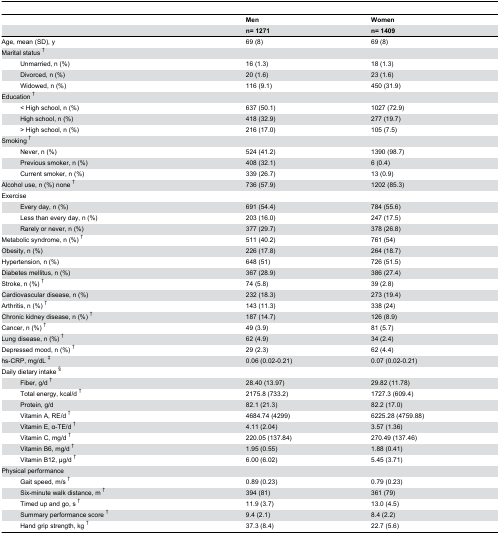
<table><thead><tr><td colspan="2"></td><td><b>Men</b></td><td><b>Women</b></td></tr><tr><td colspan="2"></td><td><b>n= 1271</b></td><td><b>n= 1409</b></td></tr></thead><tbody><tr><td colspan="2">Age, mean (SD), y</td><td>69 (8)</td><td>69 (8)</td></tr><tr><td colspan="2">Marital status <sup>†</sup></td><td></td><td></td></tr><tr><td></td><td>Unmarried, n (%)</td><td>16 (1.3)</td><td>18 (1.3)</td></tr><tr><td></td><td>Divorced, n (%)</td><td>20 (1.6)</td><td>23 (1.6)</td></tr><tr><td></td><td>Widowed, n (%)</td><td>116 (9.1)</td><td>450 (31.9)</td></tr><tr><td colspan="2">Education <sup>†</sup></td><td></td><td></td></tr><tr><td></td><td>&lt; High school, n (%)</td><td>637 (50.1)</td><td>1027 (72.9)</td></tr><tr><td></td><td>High school, n (%)</td><td>418 (32.9)</td><td>277 (19.7)</td></tr><tr><td></td><td>&gt; High school, n (%)</td><td>216 (17.0)</td><td>105 (7.5)</td></tr><tr><td colspan="2">Smoking <sup>†</sup></td><td></td><td></td></tr><tr><td></td><td>Never, n (%)</td><td>524 (41.2)</td><td>1390 (98.7)</td></tr><tr><td></td><td>Previous smoker, n (%)</td><td>408 (32.1)</td><td>6 (0.4)</td></tr><tr><td></td><td>Current smoker, n (%)</td><td>339 (26.7)</td><td>13 (0.9)</td></tr><tr><td colspan="2">Alcohol use, n (%) none <sup>†</sup></td><td>736 (57.9)</td><td>1202 (85.3)</td></tr><tr><td colspan="2">Exercise</td><td></td><td></td></tr><tr><td></td><td>Every day, n (%)</td><td>691 (54.4)</td><td>784 (55.6)</td></tr><tr><td></td><td>Less than every day, n (%)</td><td>203 (16.0)</td><td>247 (17.5)</td></tr><tr><td></td><td>Rarely or never, n (%)</td><td>377 (29.7)</td><td>378 (26.8)</td></tr><tr><td colspan="2">Metabolic syndrome, n (%) <sup>†</sup></td><td>511 (40.2)</td><td>761 (54)</td></tr><tr><td colspan="2">Obesity, n (%)</td><td>226 (17.8)</td><td>264 (18.7)</td></tr><tr><td colspan="2">Hypertension, n (%)</td><td>648 (51)</td><td>726 (51.5)</td></tr><tr><td colspan="2">Diabetes mellitus, n (%)</td><td>367 (28.9)</td><td>386 (27.4)</td></tr><tr><td colspan="2">Stroke, n (%) <sup>†</sup></td><td>74 (5.8)</td><td>39 (2.8)</td></tr><tr><td colspan="2">Cardiovascular disease, n (%)</td><td>232 (18.3)</td><td>273 (19.4)</td></tr><tr><td colspan="2">Arthritis, n (%) <sup>†</sup></td><td>143 (11.3)</td><td>338 (24)</td></tr><tr><td colspan="2">Chronic kidney disease, n (%) <sup>†</sup></td><td>187 (14.7)</td><td>126 (8.9)</td></tr><tr><td colspan="2">Cancer, n (%) <sup>†</sup></td><td>49 (3.9)</td><td>81 (5.7)</td></tr><tr><td colspan="2">Lung disease, n (%) <sup>†</sup></td><td>62 (4.9)</td><td>34 (2.4)</td></tr><tr><td colspan="2">Depressed mood, n (%) <sup>†</sup></td><td>29 (2.3)</td><td>62 (4.4)</td></tr><tr><td colspan="2">hs-CRP, mg/dL <sup>‡</sup></td><td>0.06 (0.02-0.21)</td><td>0.07 (0.02-0.21)</td></tr><tr><td colspan="2">Daily dietary intake <sup>§</sup></td><td></td><td></td></tr><tr><td></td><td>Fiber, g/d <sup>†</sup></td><td>28.40 (13.97)</td><td>29.82 (11.78)</td></tr><tr><td></td><td>Total energy, kcal/d <sup>†</sup></td><td>2175.8 (733.2)</td><td>1727.3 (609.4)</td></tr><tr><td></td><td>Protein, g/d </td><td>82.1 (21.3)</td><td>82.2 (17.0)</td></tr><tr><td></td><td>Vitamin A, RE/d <sup>†</sup></td><td>4684.74 (4299)</td><td>6225.28 (4759.88)</td></tr><tr><td></td><td>Vitamin E, α-TE/d <sup>†</sup></td><td>4.11 (2.04)</td><td>3.57 (1.36)</td></tr><tr><td></td><td>Vitamin C, mg/d <sup>†</sup></td><td>220.05 (137.84)</td><td>270.49 (137.46)</td></tr><tr><td></td><td>Vitamin B6, mg/d <sup>†</sup></td><td>1.95 (0.55)</td><td>1.88 (0.41)</td></tr><tr><td></td><td>Vitamin B12, μg/d <sup>†</sup></td><td>6.00 (6.02)</td><td>5.45 (3.71)</td></tr><tr><td colspan="2">Physical performance</td><td></td><td></td></tr><tr><td></td><td>Gait speed, m/s <sup>†</sup></td><td>0.89 (0.23)</td><td>0.79 (0.23)</td></tr><tr><td></td><td>Six-minute walk distance, m <sup>†</sup></td><td>394 (81)</td><td>361 (79)</td></tr><tr><td></td><td>Timed up and go, s <sup>†</sup></td><td>11.9 (3.7)</td><td>13.0 (4.5)</td></tr><tr><td></td><td>Summary performance score <sup>†</sup></td><td>9.4 (2.1)</td><td>8.4 (2.2)</td></tr><tr><td></td><td>Hand grip strength, kg <sup>†</sup></td><td>37.3 (8.4)</td><td>22.7 (5.6)</td></tr></tbody></table>